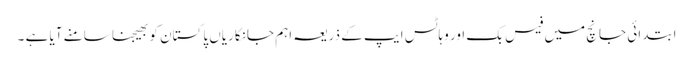
ابتدائی جانچ میں فیس بک اور وہاٹس ایپ کے ذریعہ اہم جانکاریاں پاکستان کو بھیجنا سامنے آیا ہے ۔